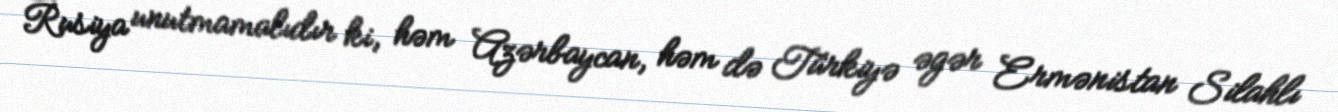
Rusiya unutmamalıdır ki, həm Azərbaycan, həm də Türkiyə əgər Ermənistan Silahlı